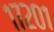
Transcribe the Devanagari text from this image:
१७२०१